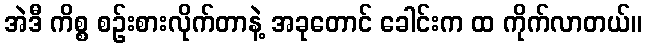
အဲဒီ ကိစ္စ စဉ်းစားလိုက်တာနဲ့ အခုတောင် ခေါင်းက ထ ကိုက်လာတယ်။